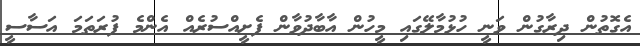
އެގޮތުން ދިރާގުން ވަނީ ހުޅުމާލޭގައި މީހުން އާބާދުވާން ފެށީއްސުރެއް އެންމެ ފުރަތަމަ އަސާސީ